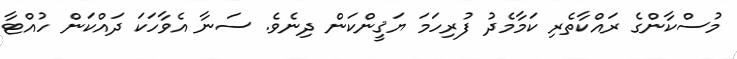
މުސްކާންގެ ރައްކާތެރި ކަމާމެދު ފުރިހަމަ ޔަޤީންކަން ދިނެވެ. ސަނާ އެވާހަކަ ދައްކަން ހުއްޓާ